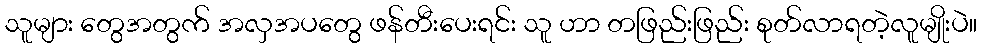
သူများ တွေအတွက် အလှအပတွေ ဖန်တီးပေးရင်း သူ ဟာ တဖြည်းဖြည်း စုတ်လာရတဲ့လူမျိုးပဲ။